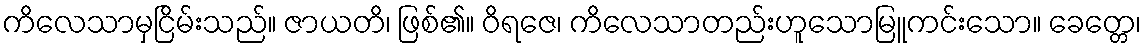
ကိလေသာမှငြိမ်းသည်။ ဇာယတိ၊ ဖြစ်၏။ ဝိရဇေ၊ ကိလေသာတည်းဟူသောမြူကင်းသော။ ခေတ္တေ၊